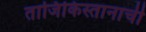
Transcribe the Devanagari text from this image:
ताजिकिस्तानाची